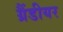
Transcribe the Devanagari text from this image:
ग्रैंडीयर